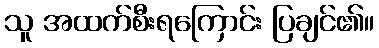
သူ အထက်စီးရကြောင်း ပြချင်၏။